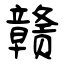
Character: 赣